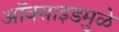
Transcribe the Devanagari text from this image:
ऑक्साइडमुळे